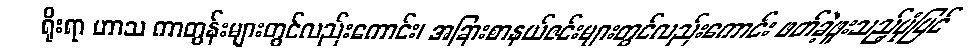
ရိုးရာ ဟာသ ကာတွန်းများတွင်လည်းကောင်း၊ အခြားစာနယ်ဇင်းများတွင်လည်းကောင်း ဖတ်ခဲ့ဖူးသည့်ပုံပြင်